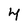
Character: 4